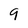
Character: 9